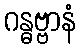
ဂန္ဓဗ္ဗာနံ